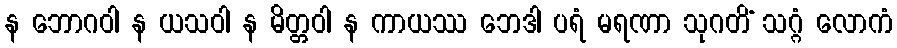
န ဘောဂဝါ န ယသဝါ န မိတ္တဝါ န ကာယဿ ဘေဒါ ပရံ မရဏာ သုဂတိံ သဂ္ဂံ လောကံ